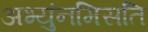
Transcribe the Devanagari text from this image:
अभ्युंनमिसति